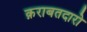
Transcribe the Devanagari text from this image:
क़राबतदारो